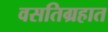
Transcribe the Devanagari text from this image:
वसतिग्रहात